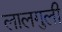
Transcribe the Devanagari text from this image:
लालगुली